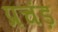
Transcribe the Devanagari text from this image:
प्रचंड़